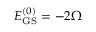
E _ { \mathrm { G S } } ^ { ( 0 ) } = - 2 \Omega